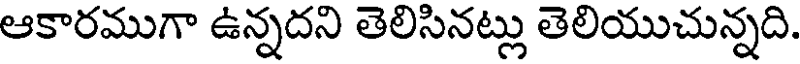
ఆకారముగా ఉన్నదని తెలిసినట్లు తెలియుచున్నది.